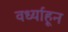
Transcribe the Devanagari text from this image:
वर्ध्याहून